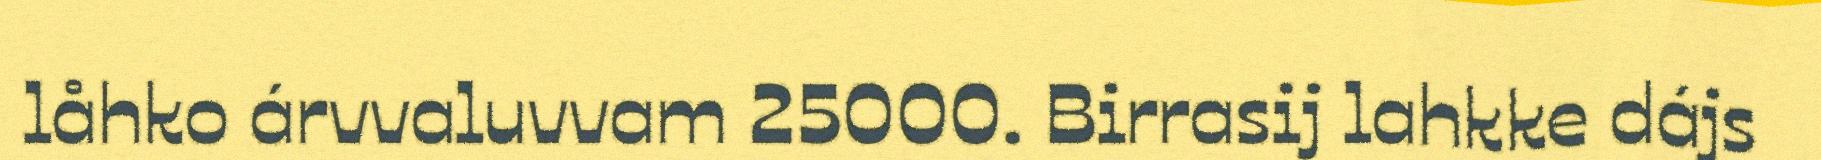
låhko árvvaluvvam 25000. Birrasij lahkke dájs